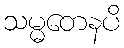
သမ္မတေနပိ